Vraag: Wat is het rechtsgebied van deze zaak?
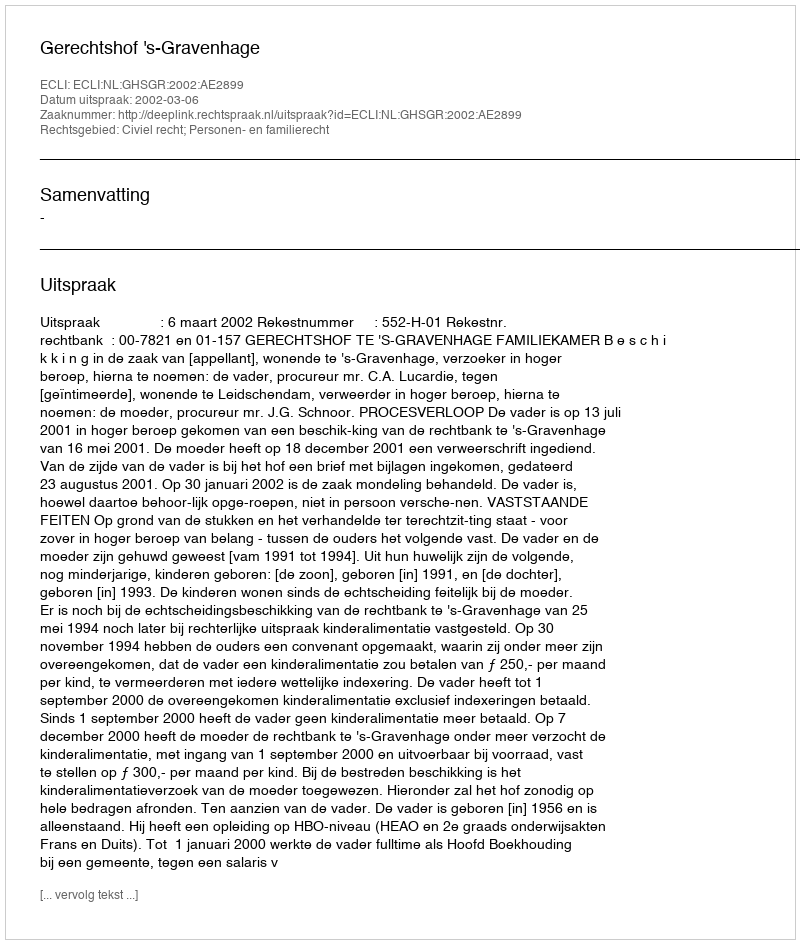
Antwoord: Civiel recht; Personen- en familierecht